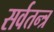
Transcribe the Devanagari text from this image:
सर्वतन्त्र